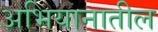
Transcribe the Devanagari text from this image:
अभियानातील